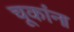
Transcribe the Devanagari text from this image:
चूकांना